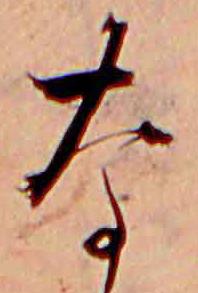
な